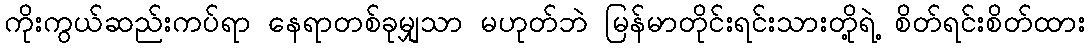
ကိုးကွယ်ဆည်းကပ်ရာ နေရာတစ်ခုမျှသာ မဟုတ်ဘဲ မြန်မာတိုင်းရင်းသားတို့ရဲ့ စိတ်ရင်းစိတ်ထား